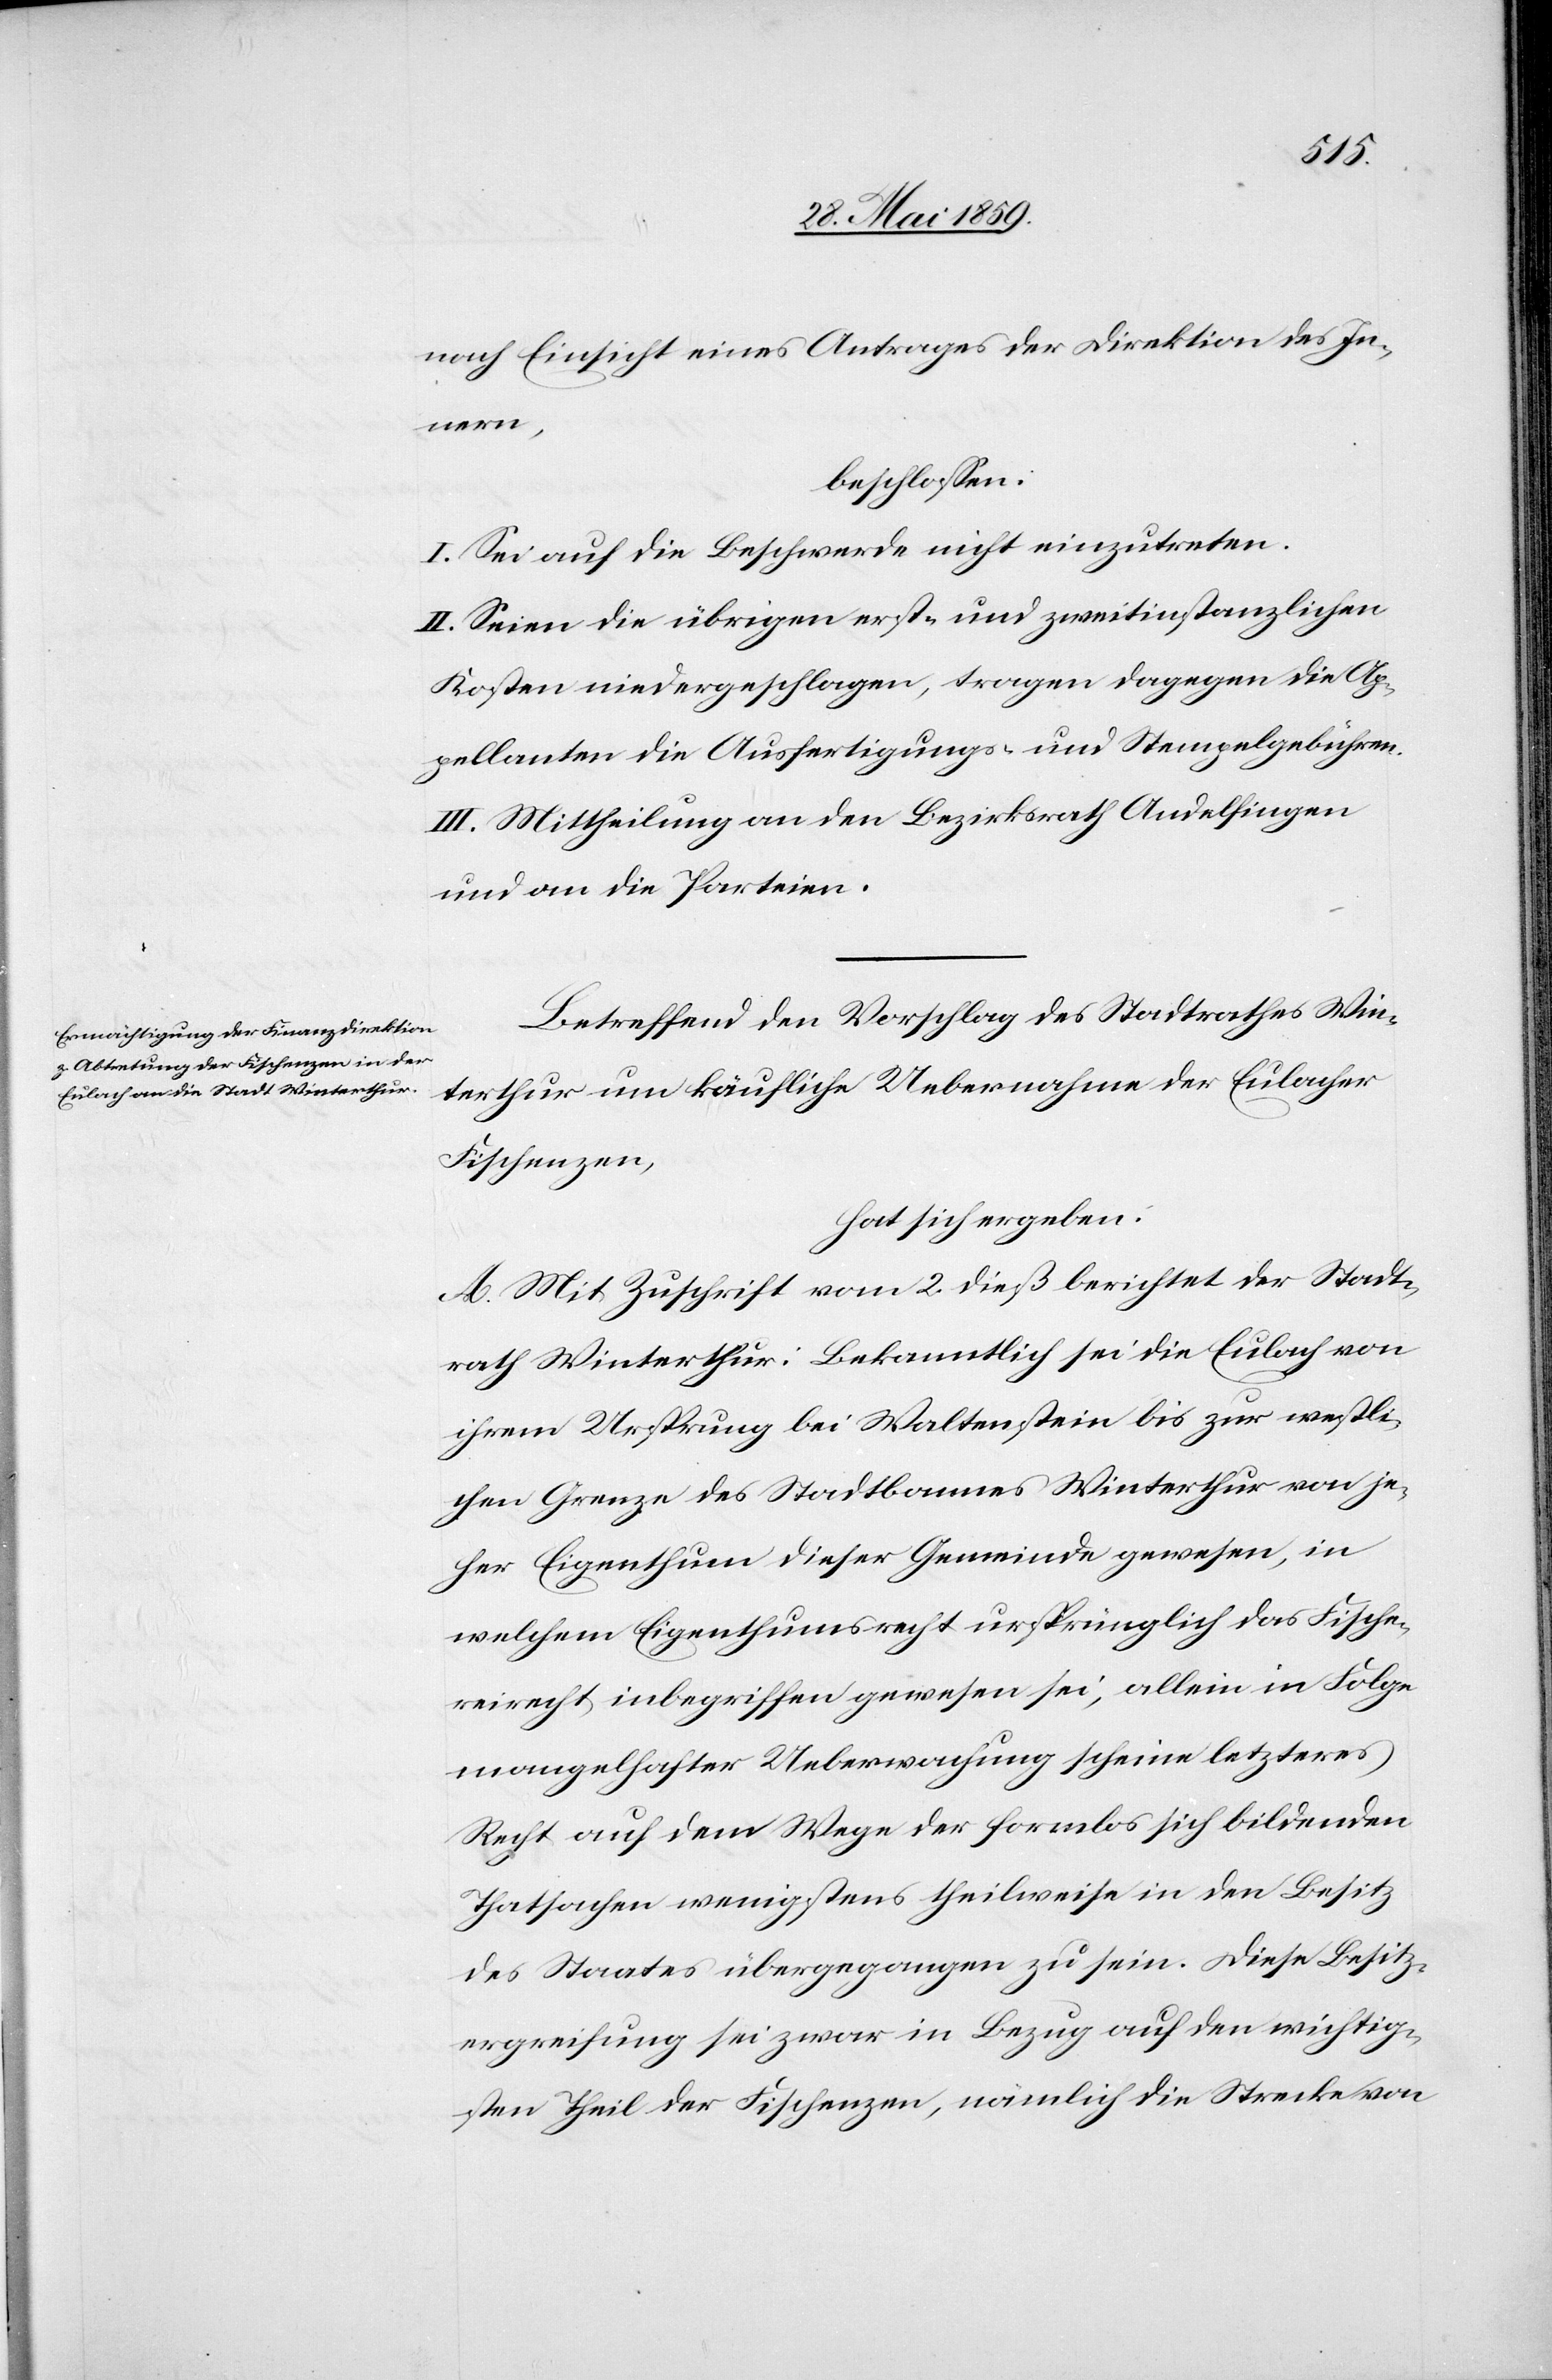
nach Einsicht eines Antrages der Direktion des In¬
nern,
beschlossen:
I. Sei auf die Beschwerde nicht einzutreten.
II. Seien die übrigen erst- und zweitinstanzlichen
Kosten niedergeschlagen, tragen dagegen die Ap¬
pellanten die Ausfertigungs- und Stempelgebühren.
III. Mittheilung an den Bezirksrath Andelfingen
und an die Parteien.
Betreffend den Vorschlag des Stadtrathes Win¬
terthur um käufliche Uebernahme der Eulacher
Fischenzen,
hat sich ergeben:
A. Mit Zuschrift vom 2. dieß berichtet der Stadt¬
rath Winterthur: Bekanntlich sei die Eulach von
ihrem Ursprung bei Waltenstein bis zur westli¬
chen Grenze des Stadtbannes Winterthur von je¬
her Eigenthum dieser Gemeinde gewesen, in
welchem Eigenthumsrecht ursprünglich das Fische¬
reirecht inbegriffen gewesen sei, allein in Folge
mangelhafter Ueberwachung scheine letzteres
Recht auf dem Wege der formlos sich bildenden
Thatsachen wenigstens theilweise in den Besitz
des Staates übergegangen zu sein. Diese Besitz¬
ergreifung sei zwar in Bezug auf den wichtig¬
sten Theil der Fischenzen, nämlich die Strecke von